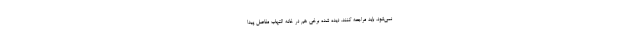
نمی‌شود، باید مراجعه کنند. دیده شده برخی هم در خانه التهاب مفاصل پیدا